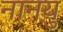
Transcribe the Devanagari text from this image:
नानयु